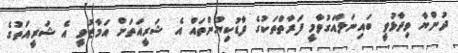
ދުންޔާ ވިދާޅުވީ ބައިނަލްއަގުވާމީ ފަރާތްތަކުގެ ފާޑުކިޔުންތައް އެ ޝަރީއަތަށް އަމާޒުވީ އެ ޝަރީއަތުގެ